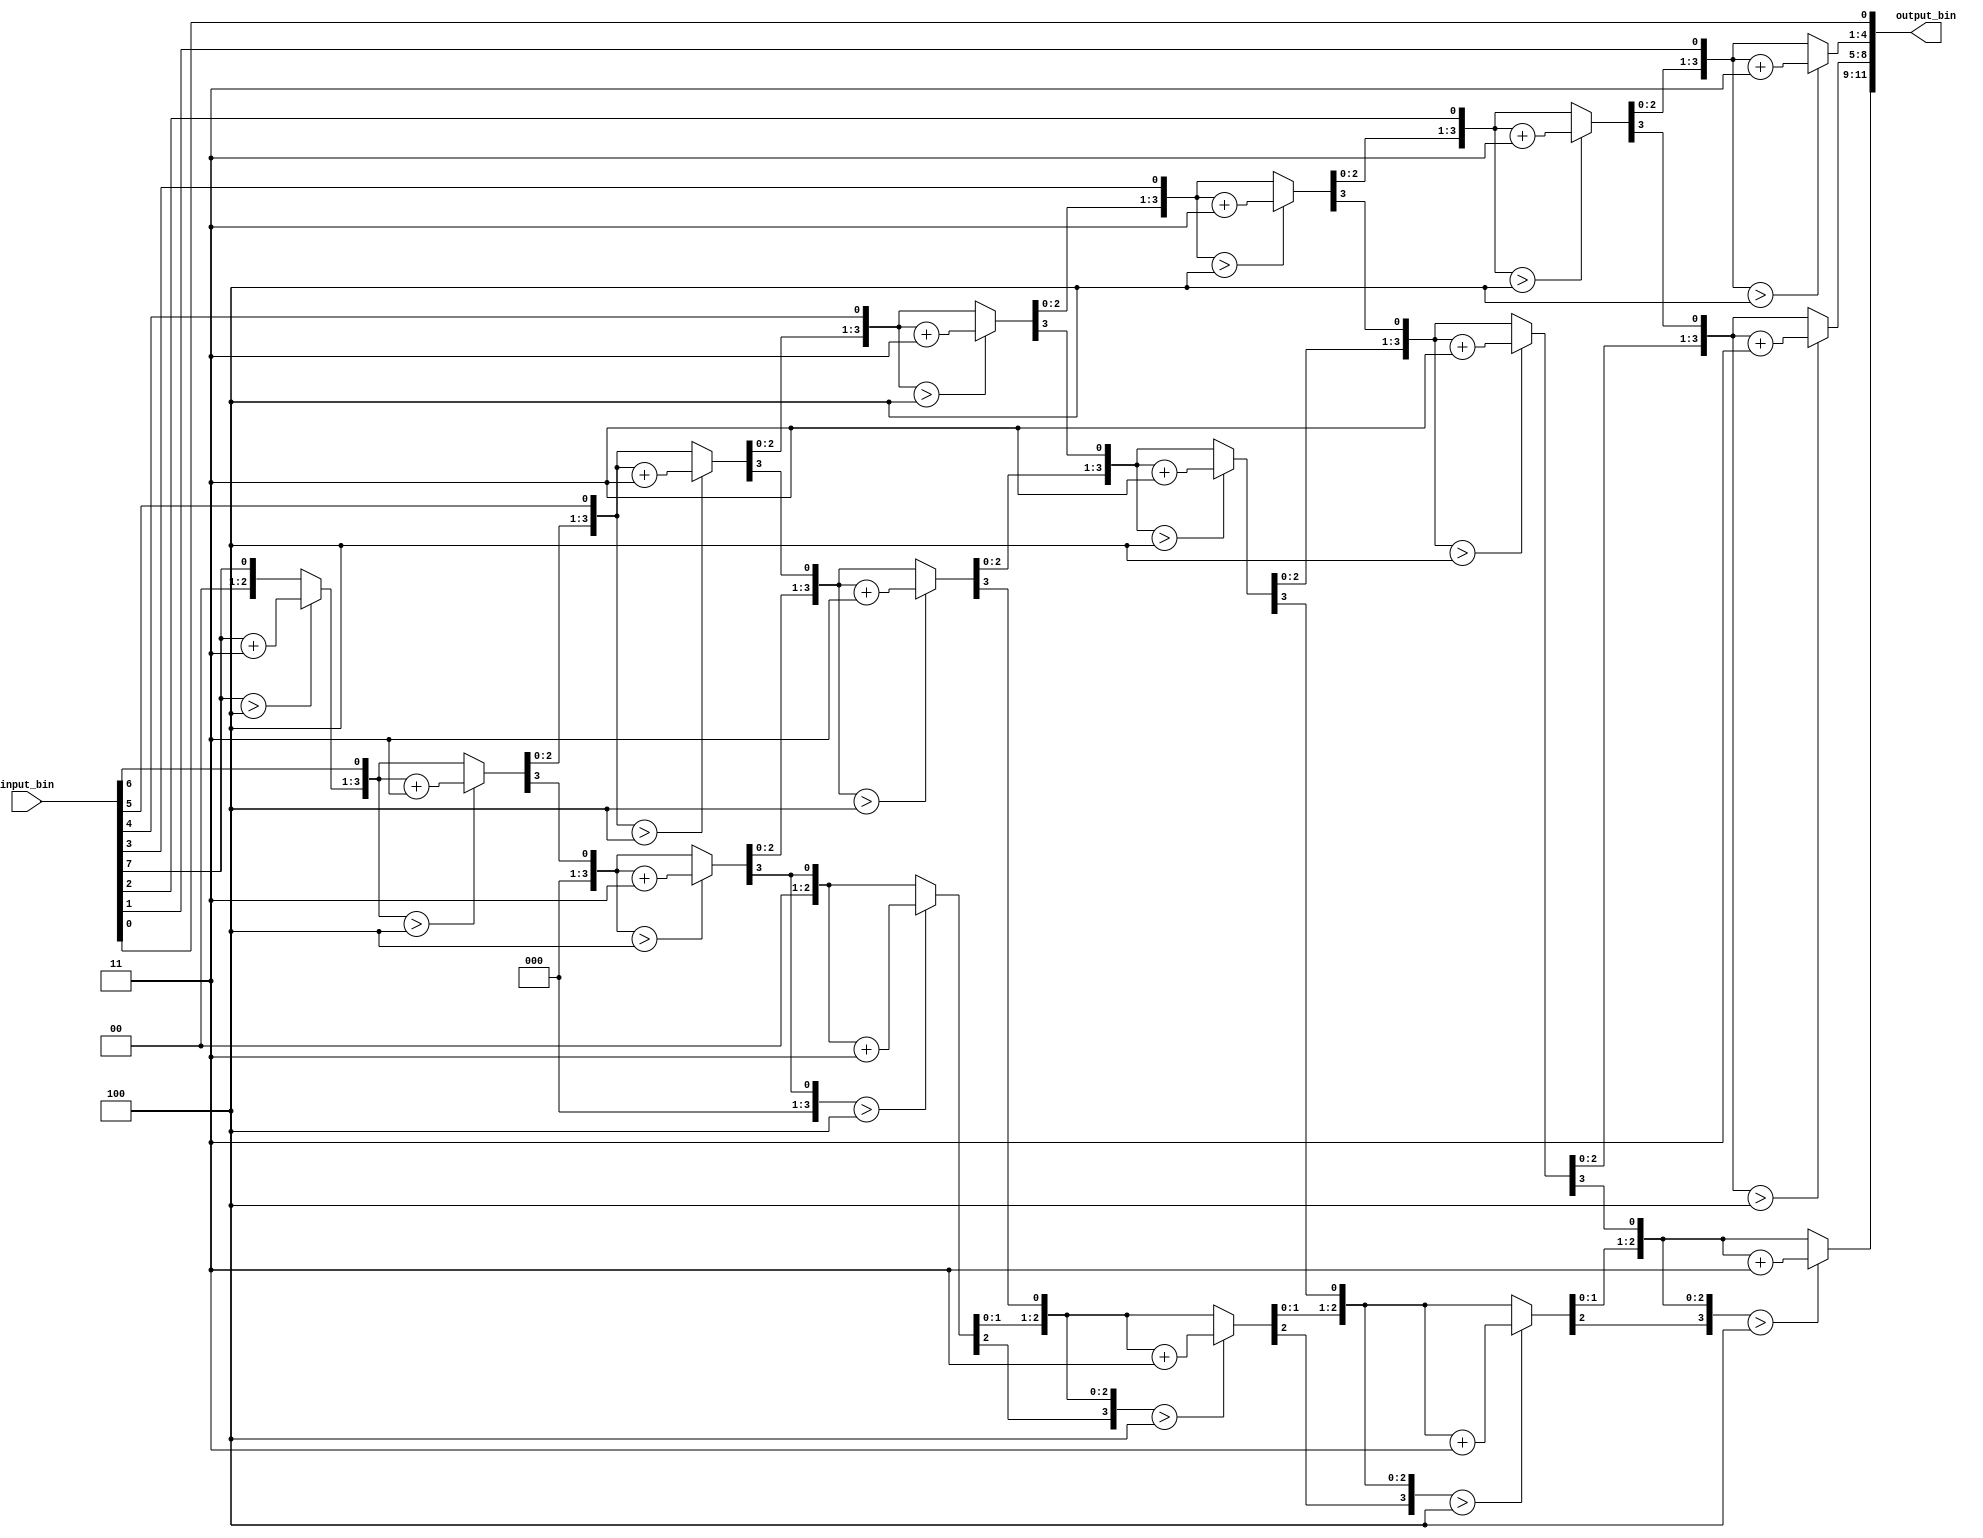
/*binary to BCD*/
/* Double dabble algorithm or shift-and-add-3 algo */

module double_dabble(input_bin, output_bin);
  input [7:0] input_bin;
  output reg [11:0] output_bin;
  reg [3:0] i;
  always@(input_bin) begin
   output_bin = 0;
    for(i=0;i<8;i=i+1)begin
      output_bin = {output_bin[10:0],input_bin[7-i]};
      if(output_bin[3:0]>4 && i<7)
        output_bin[3:0] = output_bin[3:0]+3;
      if(output_bin[7:4]>4 && i<7)
        output_bin[7:4] = output_bin[7:4]+3;
      if(output_bin[11:8]>4 && i<7)
        output_bin[11:8] = output_bin[11:8]+3;
    end
  end
endmodule

/*Testbench*/
module double_dabble_tb;
  reg [7:0] input_bin;
  wire [11:0] output_bin;
  
  double_dabble DD(input_bin, output_bin);
  initial $monitor($time," output_bin = %b input_bin = %b",output_bin,input_bin);
  initial begin
    input_bin = 8'b11110011;
    #10; 
  end
  initial begin
    $dumpfile("dump.vcd");
    $dumpvars;
  end
  
endmodule